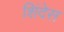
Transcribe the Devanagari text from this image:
शिंदेस